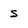
Character: s